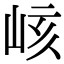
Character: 峐